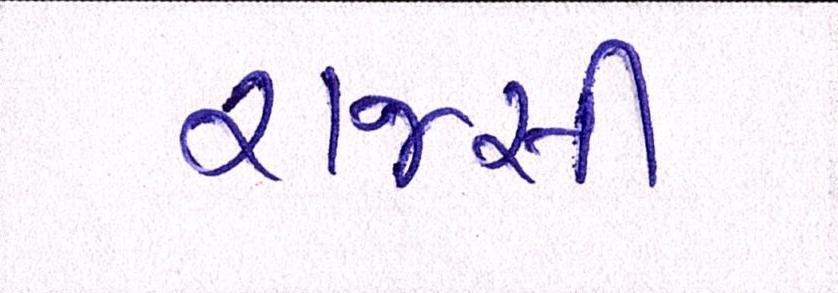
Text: રાજસી